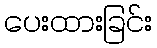
ပေးထားခြင်း